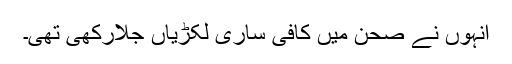
انہوں نے صحن میں کافی ساری لکڑیاں جلارکھی تھی۔